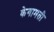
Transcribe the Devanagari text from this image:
केगामती